Indian journal of veterinary science and animal husbandry - Volume 1,
Year: 1931
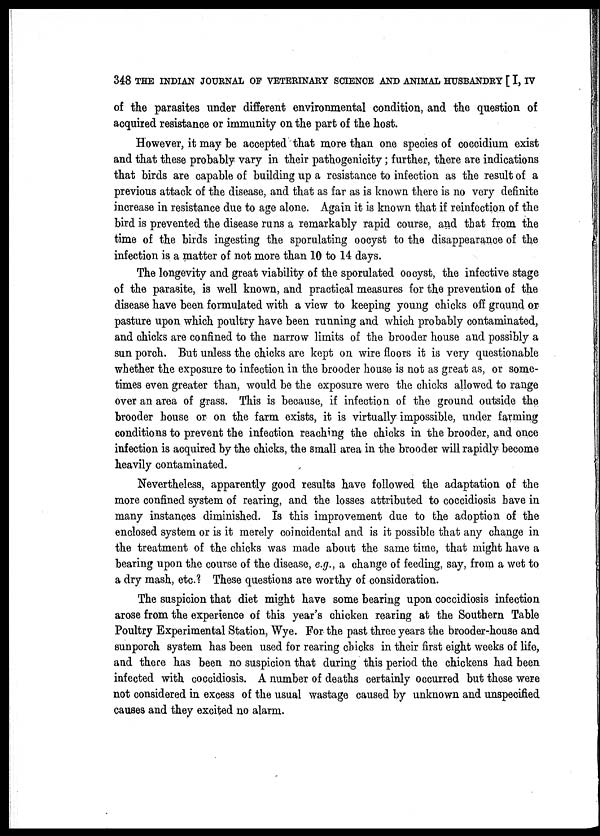
348 THE INDIAN JOURNAL OF VETERINARY SCIENCE AND ANIMAL HUSBANDRY [ I, IV
of the parasites under different environmental condition, and the question of
acquired resistance or immunity on the part of the host.
However, it may be accepted that more than one species of coccidium exist
and that these probably vary in their pathogenicity; further, there are indications
that birds are capable of building up a resistance to infection as the result of a
previous attack of the disease, and that as far as is known there is no very definite
increase in resistance due to age alone. Again it is known that if reinfection of the
bird is prevented the disease runs a remarkably rapid course, and that from the
time of the birds ingesting the sporulating oocyst to the disappearance of the
infection is a matter of not more than 10 to 14 days.
The longevity and great viability of the sporulated oocyst, the infective stage
of the parasite, is well known, and practical measures for the prevention of the
disease have been formulated with a view to keeping young chicks off ground or
pasture upon which poultry have been running and which probably contaminated,
and chicks are confined to the narrow limits of the brooder house and possibly a
sun porch. But unless the chicks are kept on wire floors it is very questionable
whether the exposure to infection in the brooder house is not as great as, or some-
times even greater than, would be the exposure were the chicks allowed to range
over an area of grass. This is because, if infection of the ground outside the
brooder house or on the farm exists, it is virtually impossible, under farming
conditions to prevent the infection reaching the chicks in the brooder, and once
infection is acquired by the chicks, the small area in the brooder will rapidly become
heavily contaminated.
Nevertheless, apparently good results have followed the adaptation of the
more confined system of rearing, and the losses attributed to coccidiosis have in
many instances diminished. Is this improvement due to the adoption of the
enclosed system or is it merely coincidental and is it possible that any change in
the treatment of the chicks was made about the same time, that might have a
bearing upon the course of the disease, e.g., a change of feeding, say, from a wet to
a dry mash, etc.? These questions are worthy of consideration.
The suspicion that diet might have some bearing upon coccidiosis infection
arose from the experience of this year's chicken rearing at the Southern Table
Poultry Experimental Station, Wye. For the past three years the brooder-house and
sunporch system has been used for rearing chicks in their first eight weeks of life,
and there has been no suspicion that during this period the chickens had been
infected with coccidiosis. A number of deaths certainly occurred but these were
not considered in excess of the usual wastage caused by unknown and unspecified
causes and they excited no alarm.